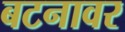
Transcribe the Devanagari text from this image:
बटनावर